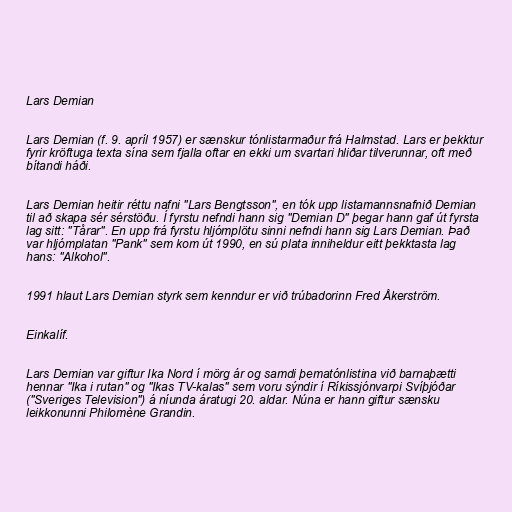
Lars Demian

Lars Demian (f. 9. apríl 1957) er sænskur tónlistarmaður frá Halmstad. Lars er þekktur
fyrir kröftuga texta sína sem fjalla oftar en ekki um svartari hliðar tilverunnar, oft með
bítandi háði.

Lars Demian heitir réttu nafni "Lars Bengtsson", en tók upp listamannsnafnið Demian
til að skapa sér sérstöðu. Í fyrstu nefndi hann sig "Demian D" þegar hann gaf út fyrsta
lag sitt: "Tårar". En upp frá fyrstu hljómplötu sinni nefndi hann sig Lars Demian. Það
var hljómplatan "Pank" sem kom út 1990, en sú plata inniheldur eitt þekktasta lag
hans: "Alkohol".

1991 hlaut Lars Demian styrk sem kenndur er við trúbadorinn Fred Åkerström.

Einkalíf.

Lars Demian var giftur Ika Nord í mörg ár og samdi þematónlistina við barnaþætti
hennar "Ika i rutan" og "Ikas TV-kalas" sem voru sýndir í Ríkissjónvarpi Svíþjóðar
("Sveriges Television") á níunda áratugi 20. aldar. Núna er hann giftur sænsku
leikkonunni Philomène Grandin.